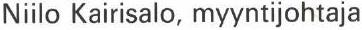
Niilo Kairisalo, myyntijohtaja